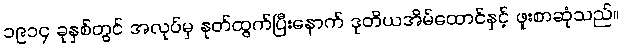
၁၉၁၄ ခုနှစ်တွင် အလုပ်မှ နုတ်ထွက်ပြီးနောက် ဒုတိယအိမ်ထောင်နှင့် ဖူးစာဆုံသည်။